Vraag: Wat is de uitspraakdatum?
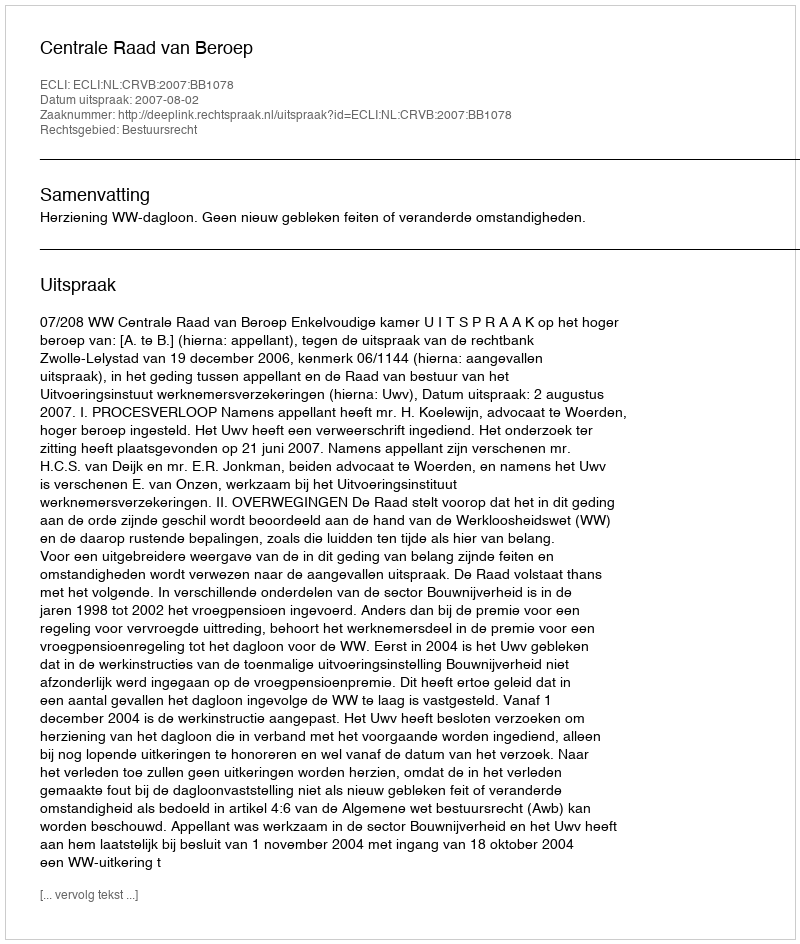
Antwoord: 2007-08-02